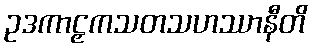
ဥဒကာဠှကသတသဟဿာနီတိ